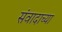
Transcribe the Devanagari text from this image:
संवादाच्या